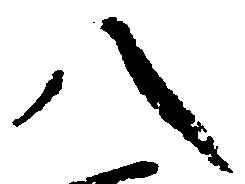
八